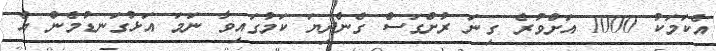
އެކަމަކު 1000 އަށްވުރެ ގިނަ ރުށްގަސް ގެންދިޔަ ކަމުގައިވާ ނަމަ އަޅުގަނޑުމެން އެ